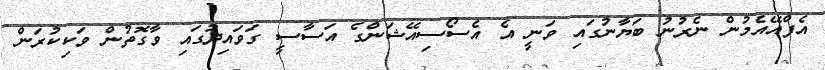
އެފްއޭއެމުން ނެރުނު ބަޔާނުގައި ވަނީ އެ އެސޯސިއޭޝަންގެ އަސާސީ ގަވައިދުގައި ވާގޮތުން ވަކިކުރަން